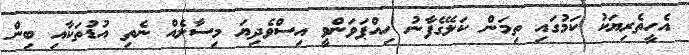
އެހީތެރިޔަކު ކަމުގައި ތިމަން ކަލޭގެފާނު ހިއްޕަވަންވީ އިސްވެދިޔަ މިސާލެއް ނެތި އުޑުތަކާއި ބިން